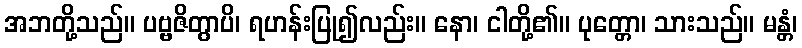
အဘတို့သည်။ ပဗ္ဗဇိတွာပိ၊ ရဟန်းပြု၍လည်း။ နော၊ ငါတို့၏။ ပုတ္တော၊ သားသည်။ မန္တံ၊